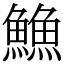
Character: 䲆